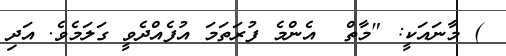
) މާނައަކީ: "މާތް  އެންމެ ފުރަތަމަ އުފެއްދެވީ ގަލަމެވެ. އަދި